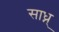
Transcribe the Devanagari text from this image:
साध्न्